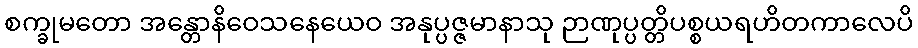
စက္ခုမတော အန္တောနိဝေသနေယေဝ အနုပ္ပဇ္ဇမာနာသု ဉာဏုပ္ပတ္တိပစ္စယရဟိတကာလေပိ